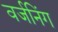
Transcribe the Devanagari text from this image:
वर्जनिंग